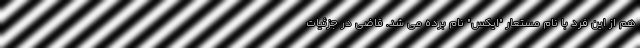
هم از این فرد با نام مستعار "ایکس" نام برده می شد. قاضی در جزئیات